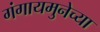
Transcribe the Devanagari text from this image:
गंगायमुनेच्या